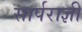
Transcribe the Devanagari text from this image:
सार्पराज्ञी